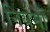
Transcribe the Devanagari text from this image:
नियमों